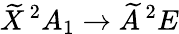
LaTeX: \widetilde{X}\, ^{2}A_{1}\rightarrow\widetilde{A}\, ^{2}E